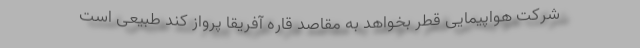
شرکت هواپیمایی قطر بخواهد به مقاصد قاره آفریقا پرواز کند طبیعی است